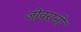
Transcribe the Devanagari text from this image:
जीवरानी